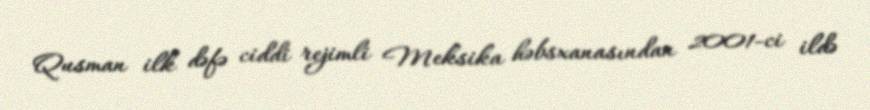
Qusman ilk dəfə ciddi rejimli Meksika həbsxanasından 2001-ci ildə